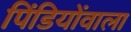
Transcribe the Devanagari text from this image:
पिंडियोंवाला